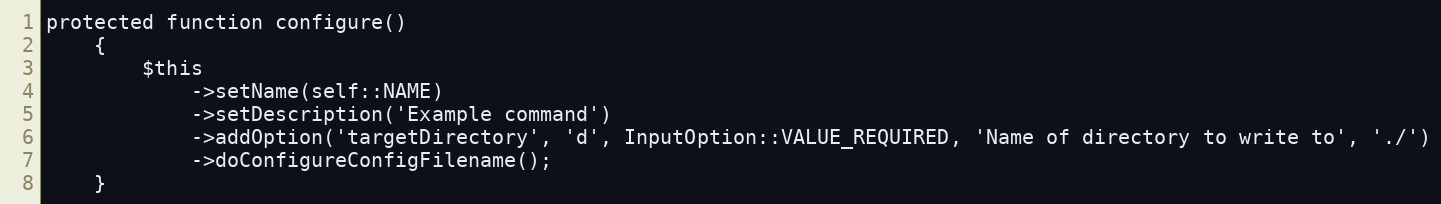
Language: PHP
protected function configure()
    {
        $this
            ->setName(self::NAME)
            ->setDescription('Example command')
            ->addOption('targetDirectory', 'd', InputOption::VALUE_REQUIRED, 'Name of directory to write to', './')
            ->doConfigureConfigFilename();
    }